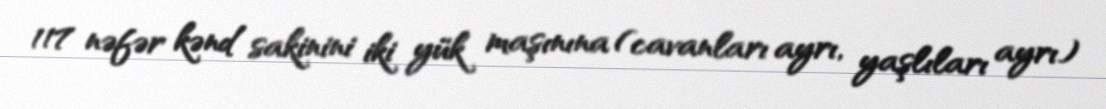
117 nəfər kənd sakinini iki yük maşınına (cavanları ayrı, yaşlıları ayrı)